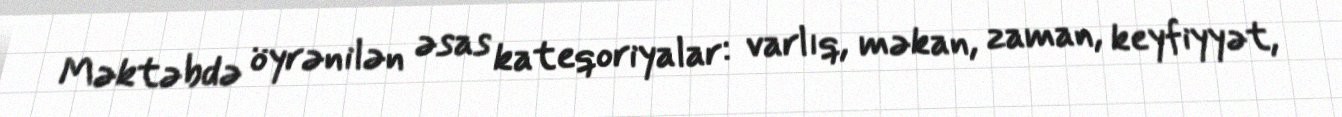
Məktəbdə öyrənilən əsas kateqoriyalar: varlıq, məkan, zaman, keyfiyyət,